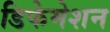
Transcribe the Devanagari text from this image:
डिफेमेशन